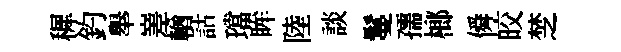
穉釣舉嵳輶詁璫眸陸談鬘孺榔僢皎椘